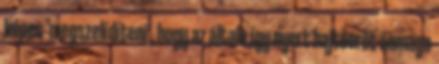
képes 'megszelídíteni', hogy az általa így nyert hajtóerőt önmaga